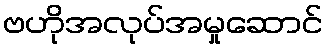
ဗဟိုအလုပ်အမှုဆောင်